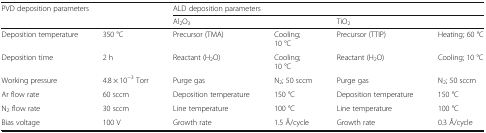
| <ROWSPAN=2-COLSPAN=2> PVD deposition parameters | <COLSPAN=4> ALD deposition parameters |
 | <COLSPAN=2> Al2O3 | <COLSPAN=2> TiO2 |
 | --- | --- | --- | --- | --- | --- |
 | Deposition temperature | 350 °C | Precursor (TMA) | Cooling;10 °C | Precursor (TTIP) | Heating; 60 °C |
 | Deposition time | 2 h | Reactant (H2O) | Cooling;10 °C | Reactant (H2O) | Cooling; 10 °C |
 | Working pressure | 4.8 × 10−3 Torr | Purge gas | N2; 50 sccm | Purge gas | N2; 50 sccm |
 | Ar flow rate | 60 sccm | Deposition temperature | 150 °C | Deposition temperature | 150 °C |
 | N2 flow rate | 30 sccm | Line temperature | 100 °C | Line temperature | 100 °C |
 | Bias voltage | 100 V | Growth rate | 1.5 Å/cycle | Growth rate | 0.3 Å/cycle |